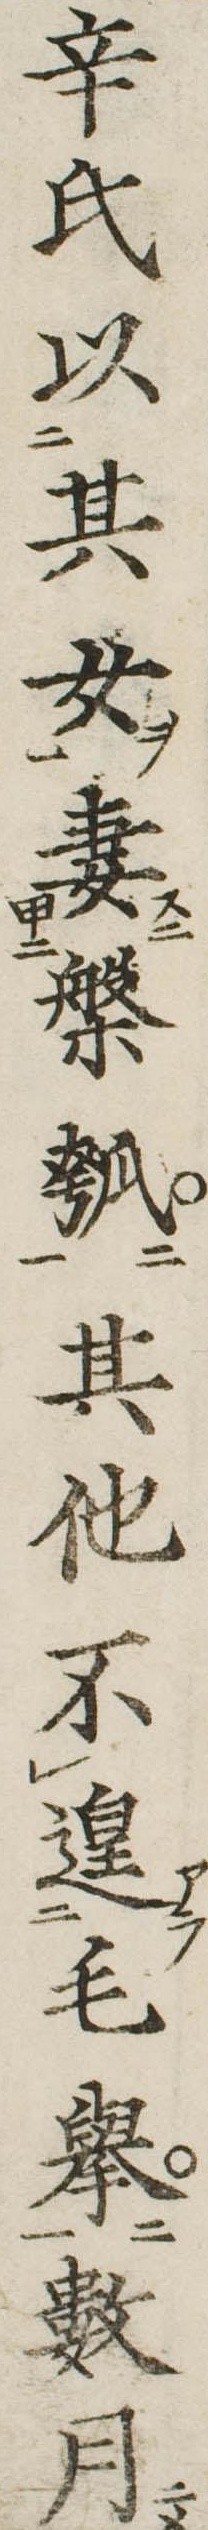
辛氏以其女妻槃瓠其他不遑毛挙数月